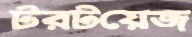
টরটয়েজ